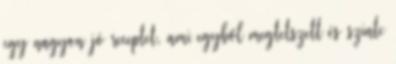
egy nagyon jó receptet, ami egyből megtetszett és szinte